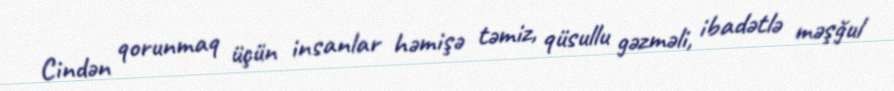
Cindən qorunmaq üçün insanlar həmişə təmiz, qüsullu gəzməli, ibadətlə məşğul